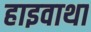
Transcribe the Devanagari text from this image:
हाइवाथा